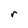
Character: r